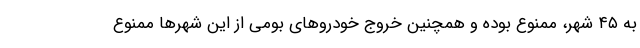
به ۴۵ شهر، ‌ممنوع بوده و همچنین خروج خودروهای بومی از این شهرها ممنوع